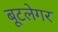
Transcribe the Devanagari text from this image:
बूटलेगर